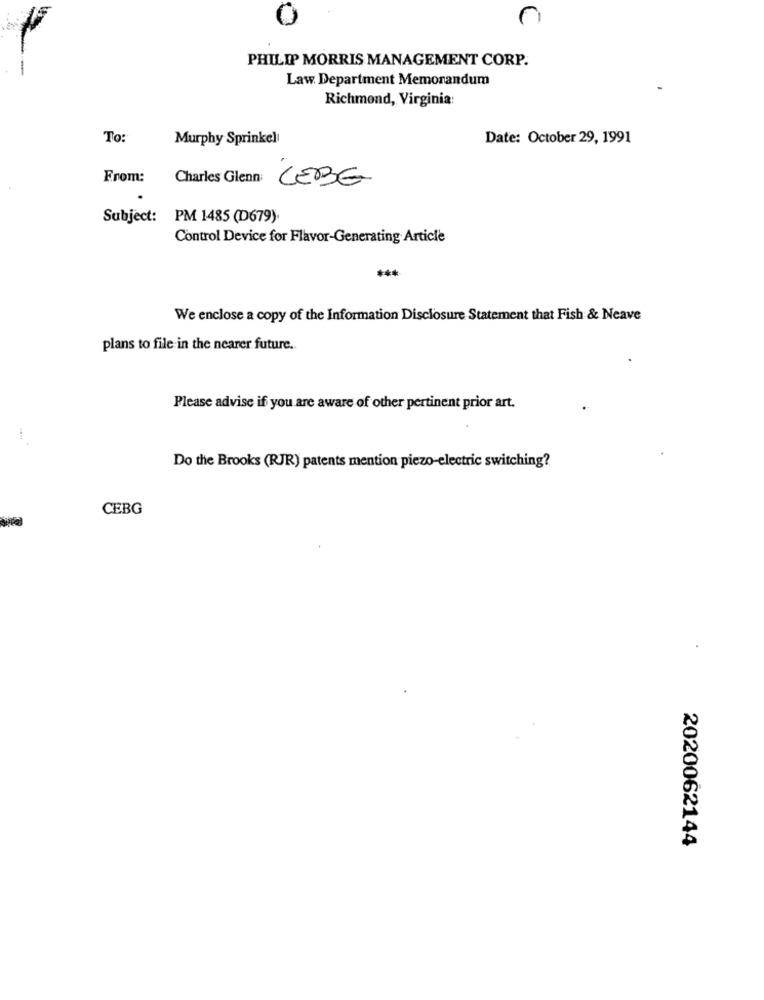
PHILIP MORRIS MANAGEMENT CORP.
Law. Department Memorandum
Richmond, Virginia:
To:
Murphy Sprinkel
Date: October 29, 1991
From:
Charles Glenn:
LEBE
Subject: PM 1485 (D679).
Control Device for Flavor-Generating Article
We enclose a copy of the Information Disclosure Statement that Fish & Neave
plans to file in the nearer future.
Please advise if you are aware of other pertinent prior art.
Do the Brooks (RJR) patents mention piezo-electric switching?
CEBG
2020062144